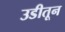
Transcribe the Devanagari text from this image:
उडीतून